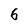
Character: 6